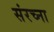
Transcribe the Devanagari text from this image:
संरच्ना